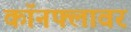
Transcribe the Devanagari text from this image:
कॉनफ्लावर